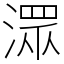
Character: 潀